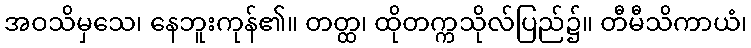
အဝသိမှသေ၊ နေဘူးကုန်၏။ တတ္ထ၊ ထိုတက္ကသိုလ်ပြည်၌။ တီမီသိကာယံ၊